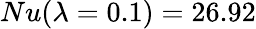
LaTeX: Nu(\lambda=0.1)=26.92